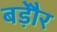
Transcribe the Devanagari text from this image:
बड़ेौर